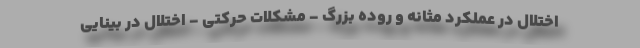
اختلال در عملکرد مثانه و روده بزرگ - مشکلات حرکتی - اختلال در بینایی